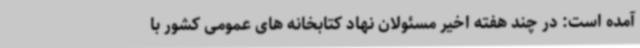
آمده است: در چند هفته اخیر مسئولان نهاد کتابخانه های عمومی کشور با